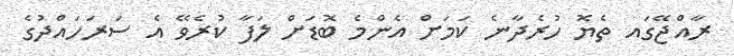
ރާއްޖޭގައ ތެޔޮ ހުރެދާނެ ކަމަށް އެންމެ ބޮޑަށް ލަފާ ކުރެވޭ އެ ސަރަހައްދުގެ